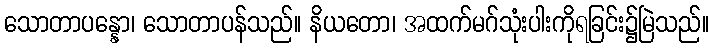
သောတာပန္နော၊ သောတာပန်သည်။ နိယတော၊ အထက်မဂ်သုံးပါးကိုရခြင်း၌မြဲသည်။